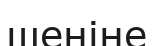
шеніне